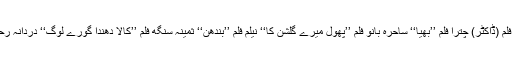
تاہم فقط ایک فلم میں جو اداکارائیں ان کی ہیروئن بنیں ان میں بہار فلم (ڈاکٹر) چترا فلم ’’بھیا‘‘ ساحرہ بانو فلم ’’پھول میرے گلشن کا‘‘ نیلم فلم ’’بندھن‘‘ ثمینہ سنگھ فلم ’’کالا دھندا گورے لوگ‘‘ دردانہ رحمن فلم ’’انوکھا راج‘‘ اور کویتا فلم ’’جیو اور جینے دو‘‘ شامل ہیں۔